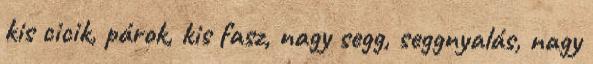
kis cicik, párok, kis fasz, nagy segg, seggnyalás, nagy